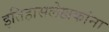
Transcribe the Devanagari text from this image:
इतिहासलेखकांना